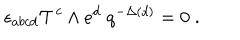
LaTeX: \; \epsilon _ { a b c d } { \cal T } ^ { c } \wedge e ^ { d } \; q ^ { - \Delta ( d ) } = 0 \; .